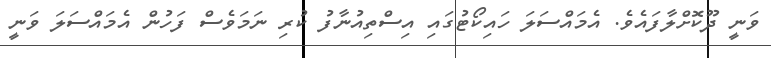
ވަނީ ދޫކޮށްލާފައެވެ. އެމައްސަލަ ހައިކޯޓުގައި އިސްތިއުނާފު ކުރި ނަމަވެސް ފަހުން އެމައްސަލަ ވަނީ